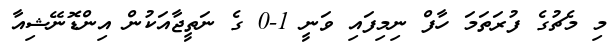
މި މެޗުގެ ފުރަތަމަ ހާފް ނިމިފައި ވަނީ 1-0 ގެ ނަތީޖާއަކުން އިންޑޮނޭޝިއާ